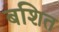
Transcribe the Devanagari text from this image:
बशित